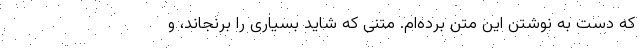
که دست به نوشتن این متن برده‌ام. متنی که شاید بسیاری را برنجاند، و